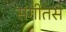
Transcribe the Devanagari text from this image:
संगीतसे